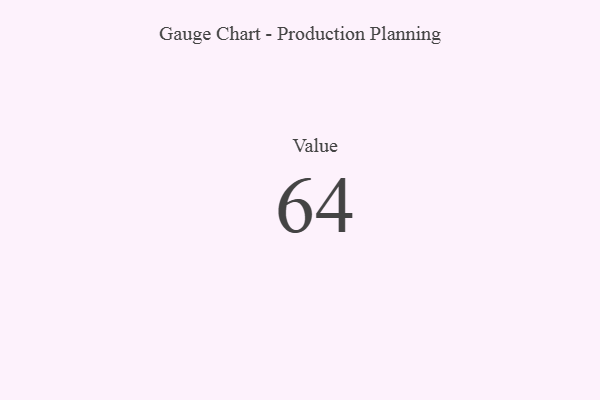
{"axis": {"x": "Metric", "y": "Value"}, "legend": [""], "data": [{"x": "Value", "y": 64, "type": ""}]}